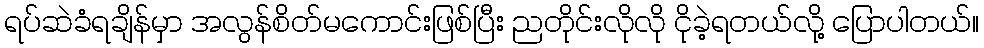
ရပ်ဆဲခံရချိန်မှာ အလွန်စိတ်မကောင်းဖြစ်ပြီး ညတိုင်းလိုလို ငိုခဲ့ရတယ်လို့ ပြောပါတယ်။